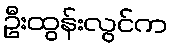
ဦးထွန်းလွင်က